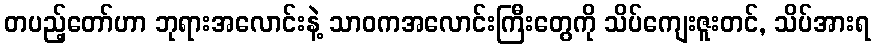
တပည့်တော်ဟာ ဘုရားအလောင်းနဲ့ သာဝကအလောင်းကြီးတွေကို သိပ်ကျေးဇူးတင်, သိပ်အားရ